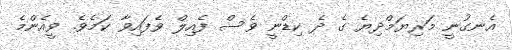
އެނގުނީ މަރިޔަމްދިޔެ ގެ ދެ ކިޑްނީ ވެސް ފެއިލް ވެފައިވާ ކަމެވެ. ވީއެންމެ